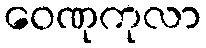
ဝေဏုကုလာ